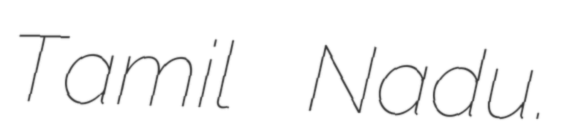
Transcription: Tamil Nadu.